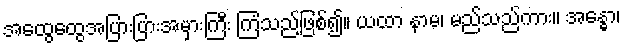
အထွေထွေအပြားပြားအမှားကြီး ကြံသည်ဖြစ်၍။ ယထာ နာမ၊ မည်သည်ကား။ အန္ဓော၊